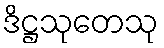
ဒိဋ္ဌသုတေသု